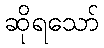
ဆိုရသော်